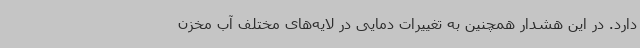
دارد. در این هشدار همچنین به تغییرات دمایی در لایه‌های مختلف آب مخزن